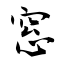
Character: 窓